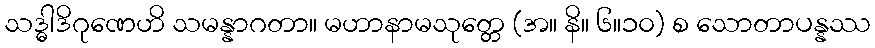
သဒ္ဓါဒိဂုဏေဟိ သမန္နာဂတာ။ မဟာနာမသုတ္တေ (အ။ နိ။ ၆။၁၀) စ သောတာပန္နဿ